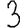
Digit: 3